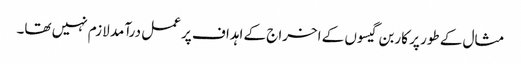
مثال کے طور پر کاربن گیسوں کے اخراج کے اہداف پر عمل درآمد لازم نہیں تھا۔